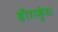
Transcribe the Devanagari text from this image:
हीराकुंड।